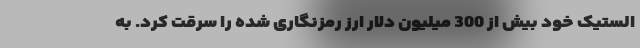
الستیک خود بیش از 300 میلیون دلار ارز رمزنگاری شده را سرقت کرد. به